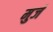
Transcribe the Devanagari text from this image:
मुर्ज